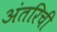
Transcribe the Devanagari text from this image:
अंतरिची